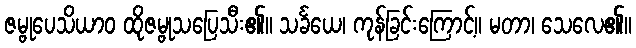
ဇမ္ဗုပေသိယာဝ ထိုဇမ္ဗုသပြေသီး၏။ သင်္ခယေ၊ ကုန်ခြင်းကြောင့်။ မတာ၊ သေလေ၏။